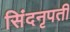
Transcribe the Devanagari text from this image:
सिंदनृपती